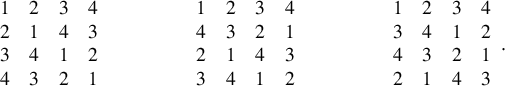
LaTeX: { \begin{array} { l l l l } { 1 } & { 2 } & { 3 } & { 4 } \\ { 2 } & { 1 } & { 4 } & { 3 } \\ { 3 } & { 4 } & { 1 } & { 2 } \\ { 4 } & { 3 } & { 2 } & { 1 } \end{array} } \qquad \qquad { \begin{array} { l l l l } { 1 } & { 2 } & { 3 } & { 4 } \\ { 4 } & { 3 } & { 2 } & { 1 } \\ { 2 } & { 1 } & { 4 } & { 3 } \\ { 3 } & { 4 } & { 1 } & { 2 } \end{array} } \qquad \qquad { \begin{array} { l l l l } { 1 } & { 2 } & { 3 } & { 4 } \\ { 3 } & { 4 } & { 1 } & { 2 } \\ { 4 } & { 3 } & { 2 } & { 1 } \\ { 2 } & { 1 } & { 4 } & { 3 } \end{array} } .